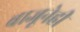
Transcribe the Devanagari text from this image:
बाजूनेही